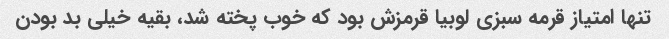
تنها امتیاز قرمه سبزی لوبیا قرمزش بود که خوب پخته شد، بقیه خیلی بد بودن